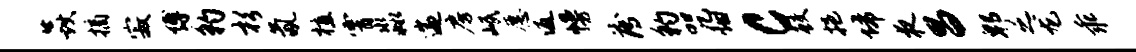
焱摘寂缚豹杉氤植霄淼遄房岷愿返幔薄豹咒烟c鲛挹埽夜昌郫之龙乖